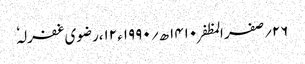
۲۶؍صفر المظفر ۱۴۱۰ھ؍ ۱۹۹۰ء ۱۲،رضوی غفرلہٗ